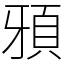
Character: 䪵